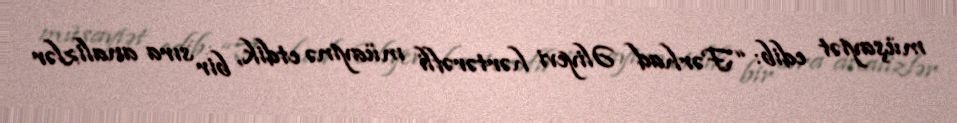
müşayiət edib: “Fərhad Əliyevi hərtərəfli müayinə etdik, bir sıra analizlər